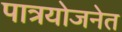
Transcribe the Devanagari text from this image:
पात्रयोजनेत